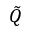
\tilde { Q }